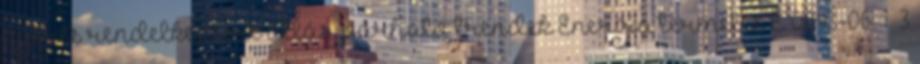
nyerés rendelkezésre állás, várható trendek Energia termelés É 0093-06 1 3